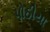
પોઠીયા